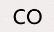
CO